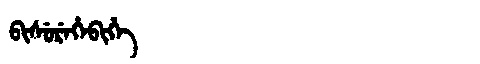
Manchu: ᠪᡳᠰᡠᡵᡝᡥᡝᠪᡳᡥᡝ
Romanization: BISUREHEBIHE